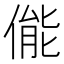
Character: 㑷